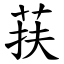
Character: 荴